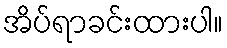
အိပ်ရာခင်းထားပါ။